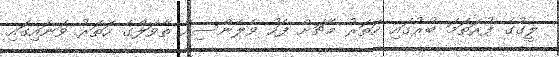
ލީގުގެ ފުރަތަމަ ބުރުގައި ހަތަރު މެޗަށް ފަހު ވެލެންސިއާ ތާވަލްގެ ހަތަރު ވަނައިގަައި